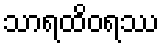
သာရထိဝရဿ